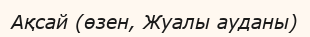
Ақсай (өзен, Жуалы ауданы)